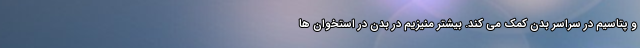
و پتاسیم در سراسر بدن کمک می کند. بیشتر منیزیم در بدن در استخوان ها